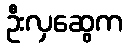
ဦးလှဆွေက